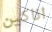
اناكين